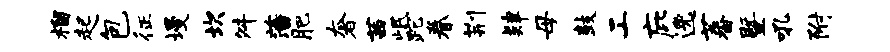
榴起包征墁坎舛藩肥奢茜岷跎眷荆肄母鼓工庇逸蕃暨吼附